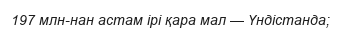
197 млн-нан астам ірі қара мал — Үндістанда;